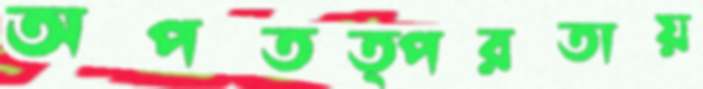
অপতত্পরতায়